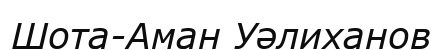
Шота-Аман Уәлиханов